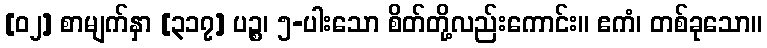
[၀၂] စာမျက်နှာ [၃၁၇] ပဉ္စ၊ ၅-ပါးသော စိတ်တို့လည်းကောင်း။ ဧကံ၊ တစ်ခုသော။